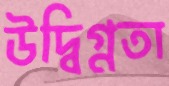
উদ্বিগ্নতা